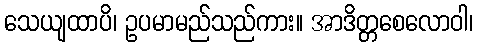
သေယျထာပိ၊ ဥပမာမည်သည်ကား။ အာဒိတ္တစေလောဝါ၊